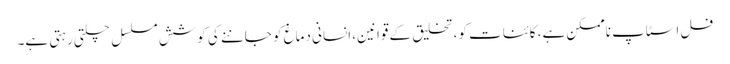
فل اسٹاپ ناممکن ہے، کائنات کو، تخلیق کے قوانین، انسانی دماغ کو جاننے کی کوشش مسلسل چلتی رہتی ہے۔